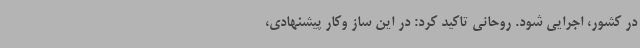
در کشور، اجرایی شود. روحانی تاکید کرد: در این ساز وکار پیشنهادی،